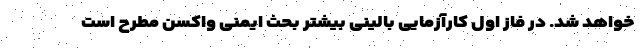
خواهد شد. در فاز اول کارآزمایی بالینی بیشتر بحث ایمنی واکسن مطرح است